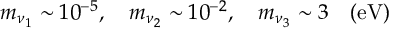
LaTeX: m _ { \nu _ { 1 } } \sim 1 0 ^ { - 5 } , ~ ~ ~ m _ { \nu _ { 2 } } \sim 1 0 ^ { - 2 } , ~ ~ ~ m _ { \nu _ { 3 } } \sim 3 ~ ~ ~ ( \mathrm { e V } )